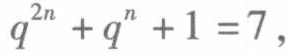
\(q^{2n}+q^{n}+1 = 7\)